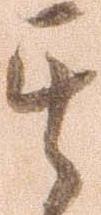
其